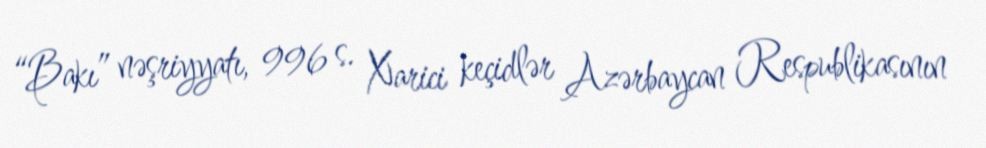
“Bakı” nəşriyyatı, 996 s. Xarici keçidlər Azərbaycan Respublikasının